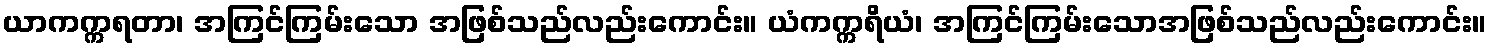
ယာကက္ကရတာ၊ အကြင်ကြမ်းသော အဖြစ်သည်လည်းကောင်း။ ယံကက္ကရိယံ၊ အကြင်ကြမ်းသောအဖြစ်သည်လည်းကောင်း။